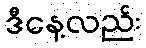
ဒီနေ့လည်း